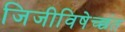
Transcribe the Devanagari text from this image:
जिजीविषेच्छंत